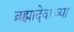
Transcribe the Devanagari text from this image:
ब्रह्मादेवाच्या